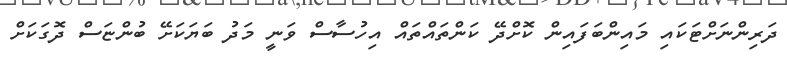
ދަރިންނަށްޓަކައި މައިންބަފައިން ކޮށްދޭ ކަންތައްތައް އިހުސާސް ވަނީ މަދު ބަޔަކަށޭ ބުންޏަސް ދޮގަކަށް